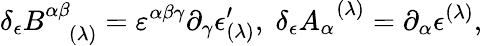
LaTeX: \delta_{\epsilon}B_{\; \; \; (\lambda)}^{\alpha\beta}=\varepsilon^{\alpha\beta\gamma}\partial_{\gamma}\epsilon_{(\lambda)}^{\prime},\; \delta_{\epsilon}A_{\alpha}^{\; \; (\lambda)}=\partial_{\alpha}\epsilon^{(\lambda)},